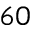
6 0